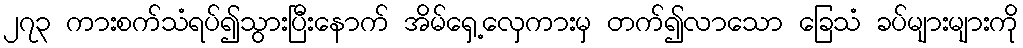
၂၇၃ ကားစက်သံရပ်၍သွားပြီးနောက် အိမ်ရှေ့လှေကားမှ တက်၍လာသော ခြေသံ ခပ်များများကို